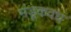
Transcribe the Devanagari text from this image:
मंडूकवध